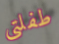
طفلتي